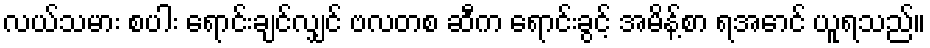
လယ်သမား စပါး ရောင်းချင်လျှင် ဗလတစ ဆီက ရောင်းခွင့် အမိန့်စာ ရအောင် ယူရသည်။